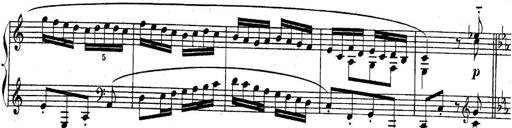
Title: Sonatina for Piano
Composer: BÃ©la BartÃ³k